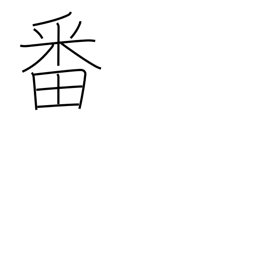
Meaning: turn